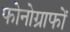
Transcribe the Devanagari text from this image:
फोनोग्राफों